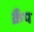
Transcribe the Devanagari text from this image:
क्रैंप